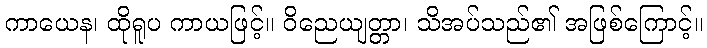
ကာယေန၊ ထိုရူပ ကာယဖြင့်။ ဝိညေယျတ္တာ၊ သိအပ်သည်၏ အဖြစ်ကြောင့်။